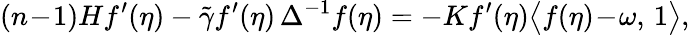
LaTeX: (n\! -\! 1)Hf^{\prime}(\eta)-\tilde{\gamma}f^{\prime}(\eta)\, \Delta^{-1}f(\eta)=-Kf^{\prime}(\eta)\big\langle f(\eta)\! -\! \omega,\, 1\big\rangle,